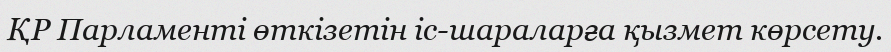
ҚР Парламенті өткізетін іс-шараларға қызмет көрсету.